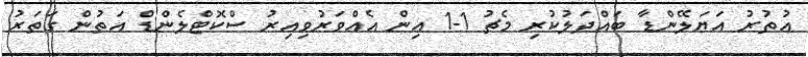
އުތުރު އަޔަލޭންޑާ ބައްދަލުކުރި މެޗު 1-1 އިން އެއްވަރުވިއިރު ސްކޮޓްލެންޑް އަތުން ގަތަރު